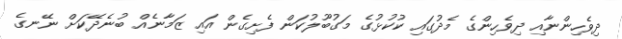
ދިވެހިންނާއި ދިވެހިންގެ މެދުގައި ކުކުޅުގެ މަގުބޫލުކަން ފެށިގެން އައި ޒަމާނެއް ބުނެދޭކަށް ނޭނގެ